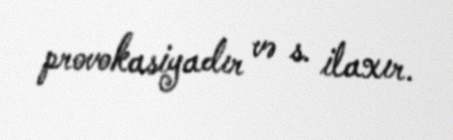
provokasiyadır və s. ilaxır.